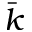
\bar { k }